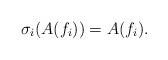
LaTeX: \begin{align*}\sigma_i(A(f_i))=A(f_i).\end{align*}